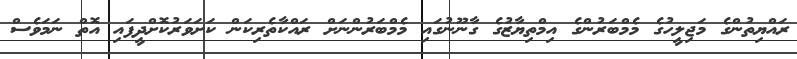
ރައްޔިތުންގެ މަޖިލީހުގެ މެމްބަރުންގެ އިމްތިޔާޒުގެ ގާނޫނުގައި މެމްބަރުންނަށް ރައްކާތެރިކަން ކަށަވަރުކޮށްދީފައި އޮތް ނަމަވެސް